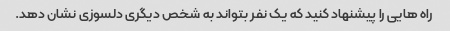
راه هایی را پیشنهاد کنید که یک نفر بتواند به شخص دیگری دلسوزی نشان دهد.